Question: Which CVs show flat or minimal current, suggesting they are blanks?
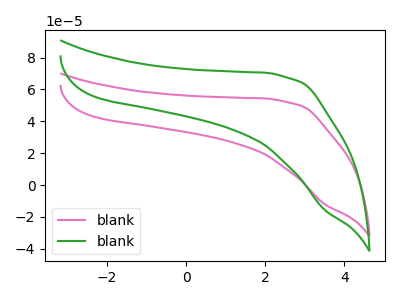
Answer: <think>The pink curve "blank1" has no peaks. The green curve "blank2" has no peaks.</think>
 <answer>"blank1" and "blank2" are likely to be blanks.</answer>
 <eval>"blank1", "blank2"</eval>